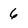
Character: 6